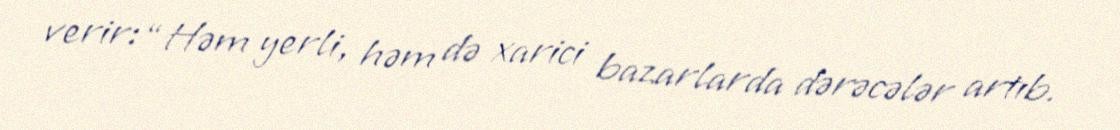
verir: “Həm yerli, həm də xarici bazarlarda dərəcələr artıb.